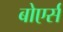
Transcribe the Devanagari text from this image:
बोएर्स